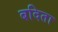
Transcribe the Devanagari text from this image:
बदिता